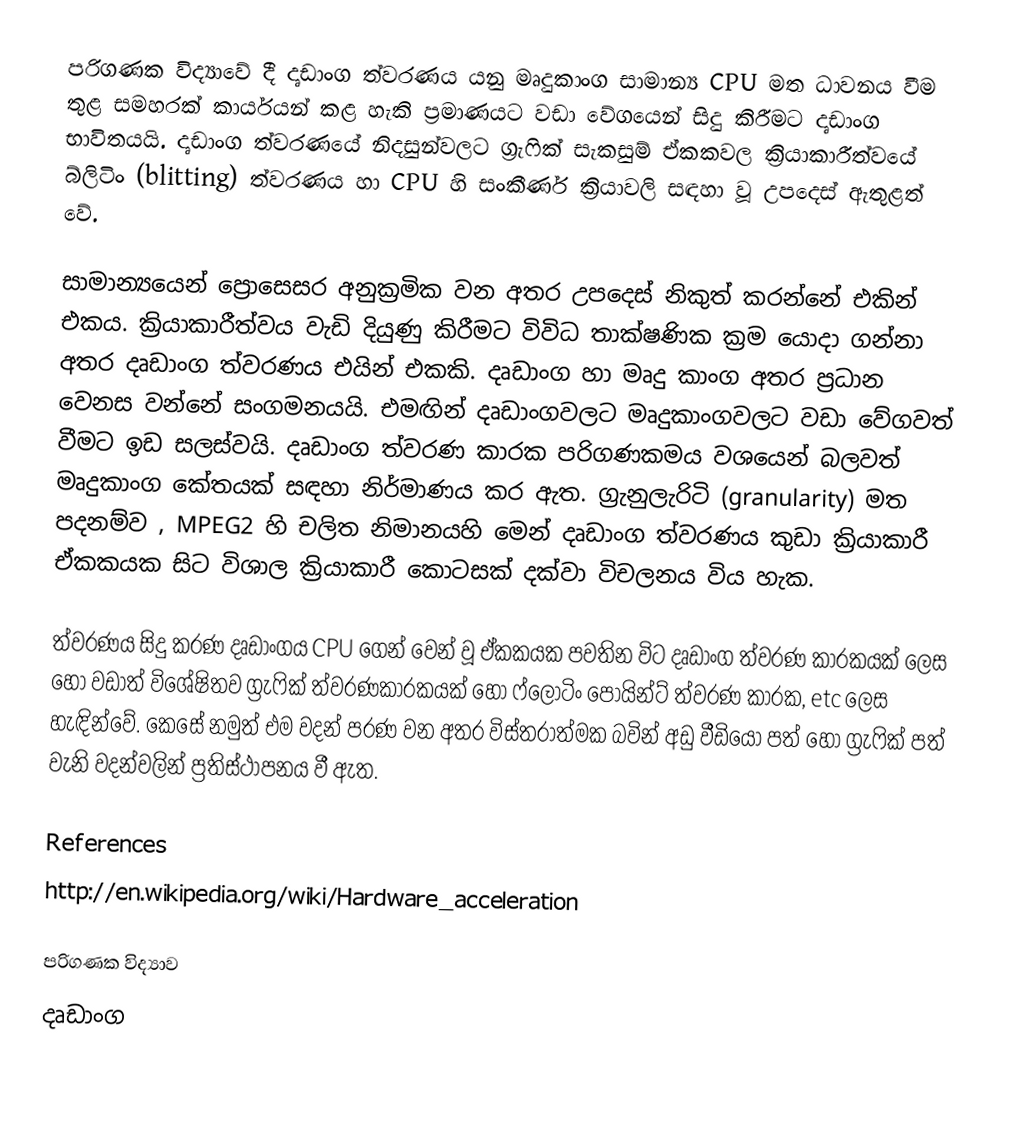
පරිගණක විද්‍යාවේ දී දෘඩාංග ත්වරණය යනු මෘදුකාංග සාමාන්‍ය CPU මත ධාවනය වීම තුළ සමහරක් කාර්යයන් කළ හැකි ප්‍රමාණයට වඩා වේගයෙන් සිදු කිරීමට දෘඩාංග භාවිතයයි. දෘඩාංග ත්ව‍ර‍ණයේ නිදසුන්වලට ග්‍රැෆික් සැකසුම් ඒකකවල ක්‍රියාකාරීත්වයේ බ්ලිටිං (blitting) ත්වරණය හා CPU හි සංකීර්ණ ක්‍රියාවලි සඳහා වූ උපදෙස් ඇතුළත් වේ.

සාමාන්‍යයෙන් ප්‍රොසෙසර අනුක්‍රමික වන අතර උපදෙස් නිකුත් කරන්නේ එකින් එකය. ක්‍රියාකාරීත්වය වැඩි දියුණු කිරීමට විවිධ තාක්ෂණික ක්‍රම යොදා ගන්නා අතර දෘඩාංග ත්වරණය එයින් එකකි. දෘඩාංග හා මෘදු කාංග අතර ප්‍රධාන වෙනස වන්නේ සංගමනයයි. එමඟින් දෘඩාංගවලට මෘදුකාංගවලට වඩා වේගවත් වීමට ඉඩ සලස්වයි. දෘඩාංග ත්වරණ කාරක පරිගණකමය වශයෙන් බලවත් මෘදුකාංග කේතයක් සඳහා නිර්මාණය කර ඇත. ග්‍රැනුලැරිටි (granularity) මත පදනම්ව , MPEG2 හි චලිත නිමානයහි මෙන් දෘඩාංග ත්වරණය කුඩා ක්‍රියාකාරී ඒකකයක සිට විශාල ක්‍රියාකාරී කොටසක් දක්වා විචලනය විය හැක.

ත්වරණය සිදු කරණ දෘඩාංගය CPU ගෙන් වෙන් වූ ඒකකයක පවතින විට දෘඩාංග ත්වරණ කාරකයක් ලෙස හෝ වඩාත් විශේෂිතව ග්‍රැෆික් ත්වරණකාරකයක් හෝ ‍ෆ්ලෝටිං පොයින්ට් ත්වරණ කාරක, etc ලෙස හැඳින්වේ. කෙසේ නමුත් එම වදන් පරණ වන අතර විස්තරාත්මක බවින් අඩු වීඩියෝ පත් හෝ ග්‍රැෆික් පත් වැනි වදන්වලින් ප්‍රතිස්ථාපනය වී ඇත.

References
http://en.wikipedia.org/wiki/Hardware_acceleration

පරිගණක විද්‍යාව
දෘඩාංග